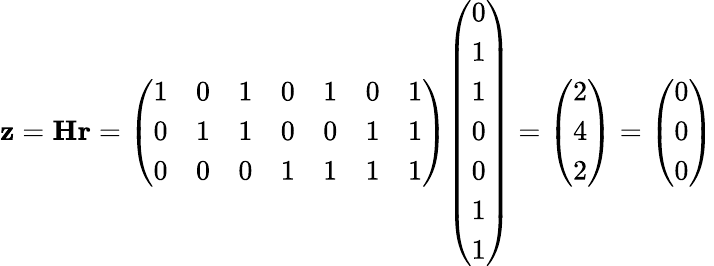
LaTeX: \mathbf{z}=\mathbf{H}\mathbf{r}={\left(\begin{array}{lllllll}{1}&{0}&{1}&{0}&{1}&{0}&{1}\\ {0}&{1}&{1}&{0}&{0}&{1}&{1}\\ {0}&{0}&{0}&{1}&{1}&{1}&{1}\end{array}\right)}{\left(\begin{array}{l}{0}\\ {1}\\ {1}\\ {0}\\ {0}\\ {1}\\ {1}\end{array}\right)}={\left(\begin{array}{l}{2}\\ {4}\\ {2}\end{array}\right)}={\left(\begin{array}{l}{0}\\ {0}\\ {0}\end{array}\right)}